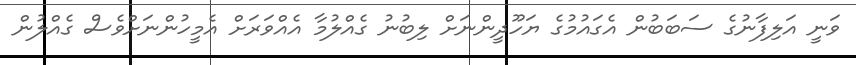
ވަނީ އަލިފާނުގެ ސަބަބުން އެގައުމުގެ ޔަހޫދީންނަށް ލިބުނު ގެއްލުމާ އެއްވަރަށް އެމީހުންނަށްވެސް ގެއްލުން